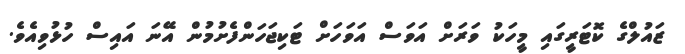
ޒައުލްގެ ކޮޓަރީގައި މީހަކު ވަރަށް އަވަސް އަވަހަށް ޓަކިޖަހަންފެށުމުން އޭނަ އައިސް ހުޅުވިއެވެ.